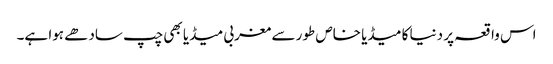
اس واقعہ پر دنیا کا میڈیا خاص طور سے مغربی میڈیا بھی چپ سادھے ہوا ہے۔